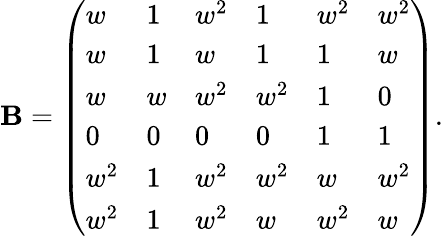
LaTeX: {\mathbf{B}}={\left(\begin{array}{llllll}{w}&{1}&{w^{2}}&{1}&{w^{2}}&{w^{2}}\\ {w}&{1}&{w}&{1}&{1}&{w}\\ {w}&{w}&{w^{2}}&{w^{2}}&{1}&{0}\\ {0}&{0}&{0}&{0}&{1}&{1}\\ {w^{2}}&{1}&{w^{2}}&{w^{2}}&{w}&{w^{2}}\\ {w^{2}}&{1}&{w^{2}}&{w}&{w^{2}}&{w}\end{array}\right)}.